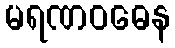
မရဏဝဓေန